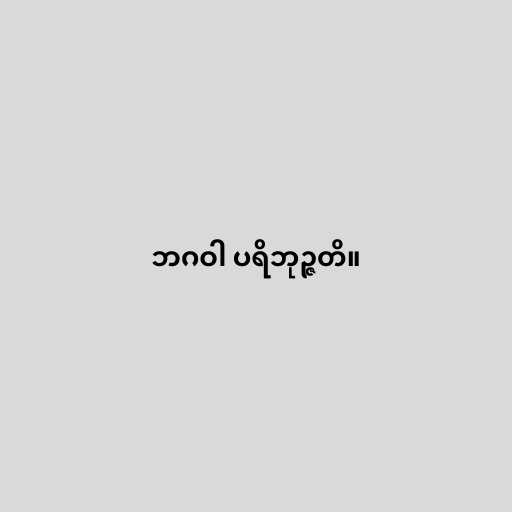
ဘဂဝါ ပရိဘုဉ္ဇတိ။